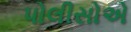
પોલીસોએ